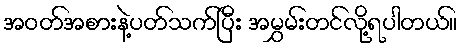
အဝတ်အစားနဲ့ပတ်သက်ပြီး အမွှမ်းတင်လို့ရပါတယ်။